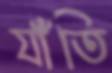
যাঁতি